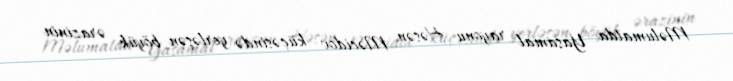
Məlumatda Yasamal rayonu Həsən Məcidov küçəsində yerləşən böyük ərazinin